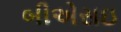
બીએસઇ